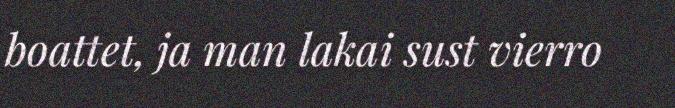
boattet, ja man lakai sust vierro